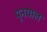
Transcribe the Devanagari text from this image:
पूनयाल